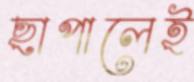
ছাপালেই